Vaccination in Burma 1900-1911 - 1900-1911
Year: 1900
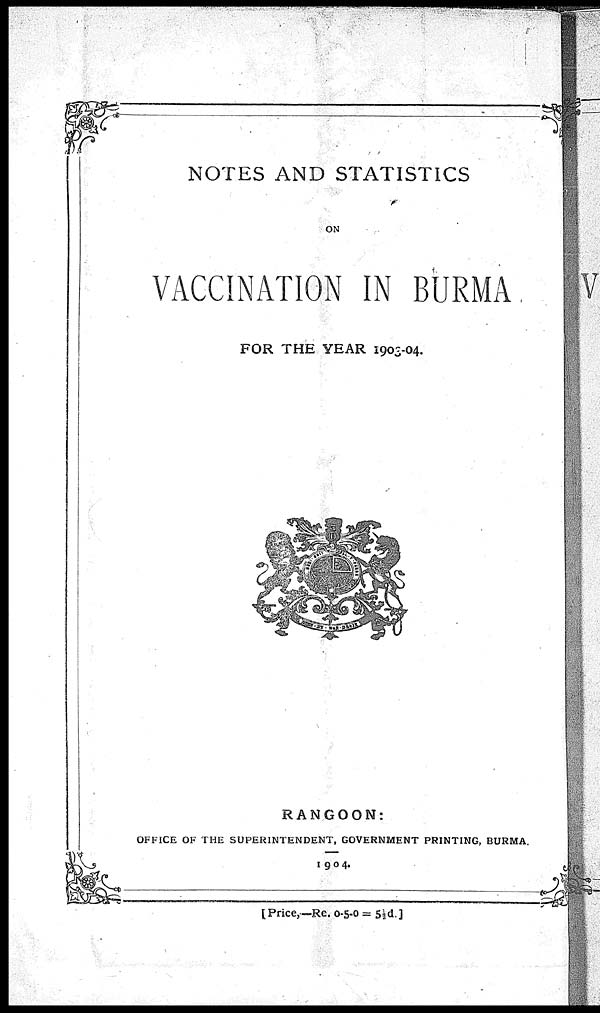
NOTES AND STATISTICS
ON
VACCINATION IN BURMA
FOR THE YEAR 1903-04.
RANGOON:
OFFICE OF THE SUPERINTENDENT, GOVERNMENT PRINTING, BURMA.
1904.
[Price,—Re.0-5-0 = 5½d.]